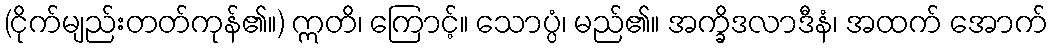
(ငိုက်မျည်းတတ်ကုန်၏။) ဣတိ၊ ကြောင့်။ သောပ္ပံ၊ မည်၏။ အက္ခိဒလာဒီနံ၊ အထက် အောက်